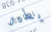
يطير